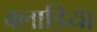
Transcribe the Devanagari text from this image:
क्लाडिया